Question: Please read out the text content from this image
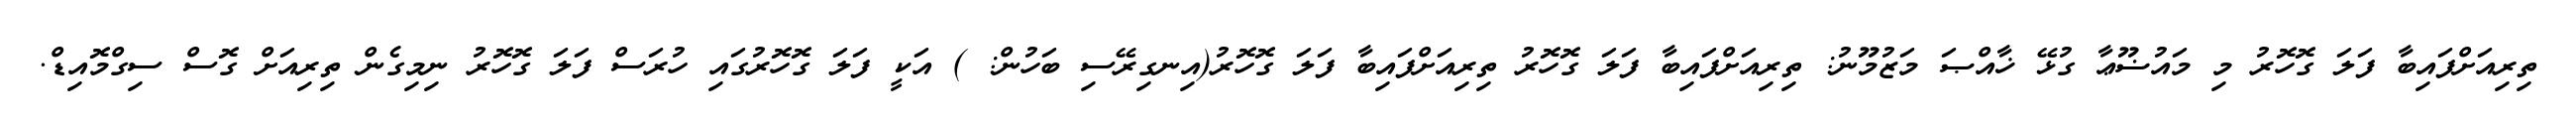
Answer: ތިރިއަށްފައިބާ ފަލަ ގޮހޮރު މި މައުޟޫޢާ ގުޅޭ ޚާއްޞަ މަޒުމޫނު: ތިރިއަށްފައިބާ ފަލަ ގޮހޮރު ތިރިއަށްފައިބާ ފަލަ ގޮހޮރު(އިނގިރޭސި ބަހުން: ) އަކީ ފަލަ ގޮހޮރުގައި ހުރަސް ފަލަ ގޮހޮރު ނިމިގެން ތިރިއަށް ގޮސް ސިގްމޮއިޑް.